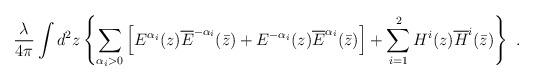
LaTeX: \begin{align*}\frac{\lambda}{4\pi} \int d^2 z \left\{\sum_{\alpha_i>0} \left[E^{\alpha_i}(z)\overline{E}^{-\alpha_i}(\bar{z}) +E^{-\alpha_i}(z)\overline{E}^{\alpha_i}(\bar{z}) \right]+ \sum_{i=1}^{2}H^i(z)\overline{H}^i(\bar{z}) \right\} \ .\end{align*}